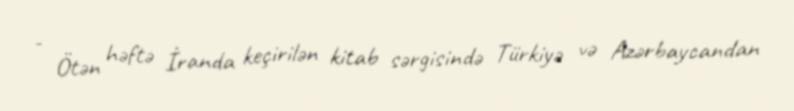
- Ötən həftə İranda keçirilən kitab sərgisində Türkiyə və Azərbaycandan